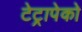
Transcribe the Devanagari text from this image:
टेट्रापेको